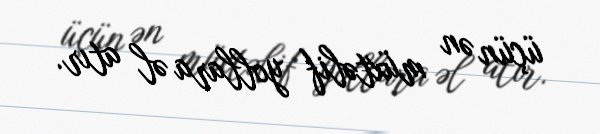
üçün ən müxtəlif yollara əl atır.